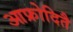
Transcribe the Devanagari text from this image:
आफ्रोदितै